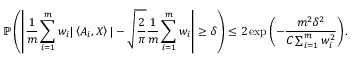
\mathbb { P } \left( \left| \frac { 1 } { m } \sum _ { i = 1 } ^ { m } w _ { i } | \left\langle A _ { i } , X \right\rangle | - \sqrt { \frac { 2 } { \pi } } \frac { 1 } { m } \sum _ { i = 1 } ^ { m } w _ { i } \right| \geq \delta \right) \leq 2 \exp \left( { - \frac { m ^ { 2 } \delta ^ { 2 } } { C \sum _ { i = 1 } ^ { m } w _ { i } ^ { 2 } } } \right) .